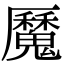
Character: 𩴣